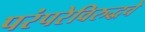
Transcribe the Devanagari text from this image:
परंपरेविरुद्धचे